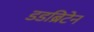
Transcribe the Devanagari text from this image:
डडब्रिटेन